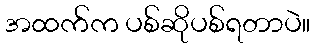
အထက်က ပစ်ဆိုပစ်ရတာပဲ။